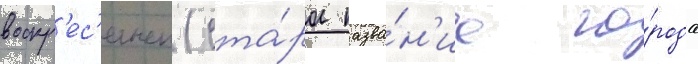
воскр'ес'енск (ста́рое назва́н'ие го́рода